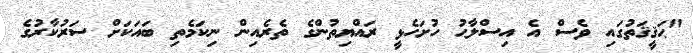
"ޙަޤީޤަތުގައި ވެސް އެ އިސްލާޙު ހުށަހެޅީ ރައްޔިތުންގެ ތެރެއިން ނިކަމެތި ބައަކަށް ސަރުކާރުގެ